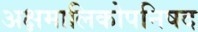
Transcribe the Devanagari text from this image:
अक्षमालिकोपनिषद